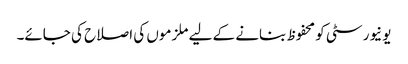
یونیورسٹی کو محفوظ بنانے کے لیے ملزموں کی اصلاح کی جائے۔